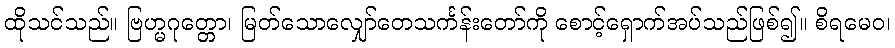
ထိုသင်သည်။ ဗြဟ္မဂုတ္တော၊ မြတ်သောလျှော်တေသင်္ကန်းတော်ကို စောင့်ရှောက်အပ်သည်ဖြစ်၍။ စိရမေဝ၊